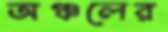
অঞ্চলের